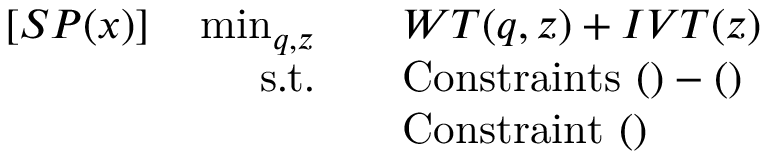
\begin{array} { r l } { [ S P ( \boldsymbol { x } ) ] \quad \operatorname* { m i n } _ { \boldsymbol { q } , \boldsymbol { z } } \quad } & { W T ( \boldsymbol { q } , \boldsymbol { z } ) + I V T ( \boldsymbol { z } ) } \\ { \mathrm { s . t . } \quad } & { \mathrm { C o n s t r a i n t s ~ } ( ) - ( ) } \\ & { \mathrm { C o n s t r a i n t ~ } ( ) } \end{array}